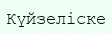
Күйзеліске